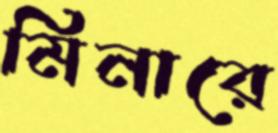
মিনারে